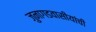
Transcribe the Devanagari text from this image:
जुनागडवासीयांची